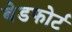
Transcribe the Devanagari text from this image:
बेडफोर्ट